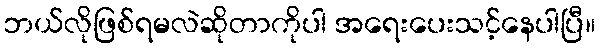
ဘယ်လိုဖြစ်ရမလဲဆိုတာကိုပါ အရေးပေးသင့်နေပါပြီ။